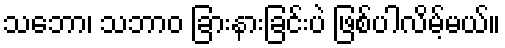
သဘော၊ သဘာဝ ခြားနားခြင်းပဲ ဖြစ်ပါလိမ့်မယ်။